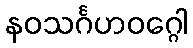
နဝသင်္ဂဟဝဂ္ဂေါ